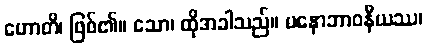
ဟောတိ၊ ဖြစ်၏။ သော၊ ထိုအခါသည်။ မနောဘာဝနီယဿ၊